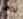
لذلك